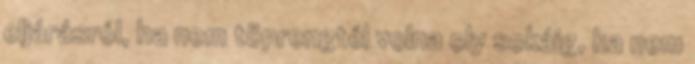
eljárásról, ha nem töprengtél volna oly sokáig, ha nem